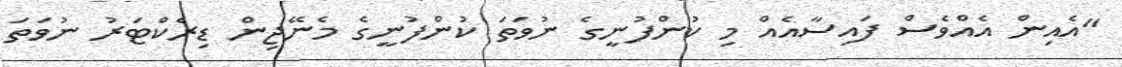
"އެއިން އެއްވެސް ފައިސާއެއް މި ކުންފުނީގެ ނުވަތަ ކުންފުނީގެ މެނޭޖިން ޑިރެކްޓަރު ނުވަތަ